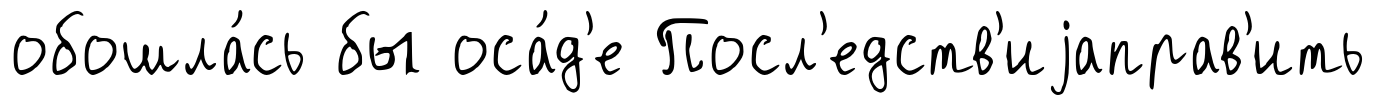
обошла́сь бы оса́д'е Посл'едств'иjаправ'ить